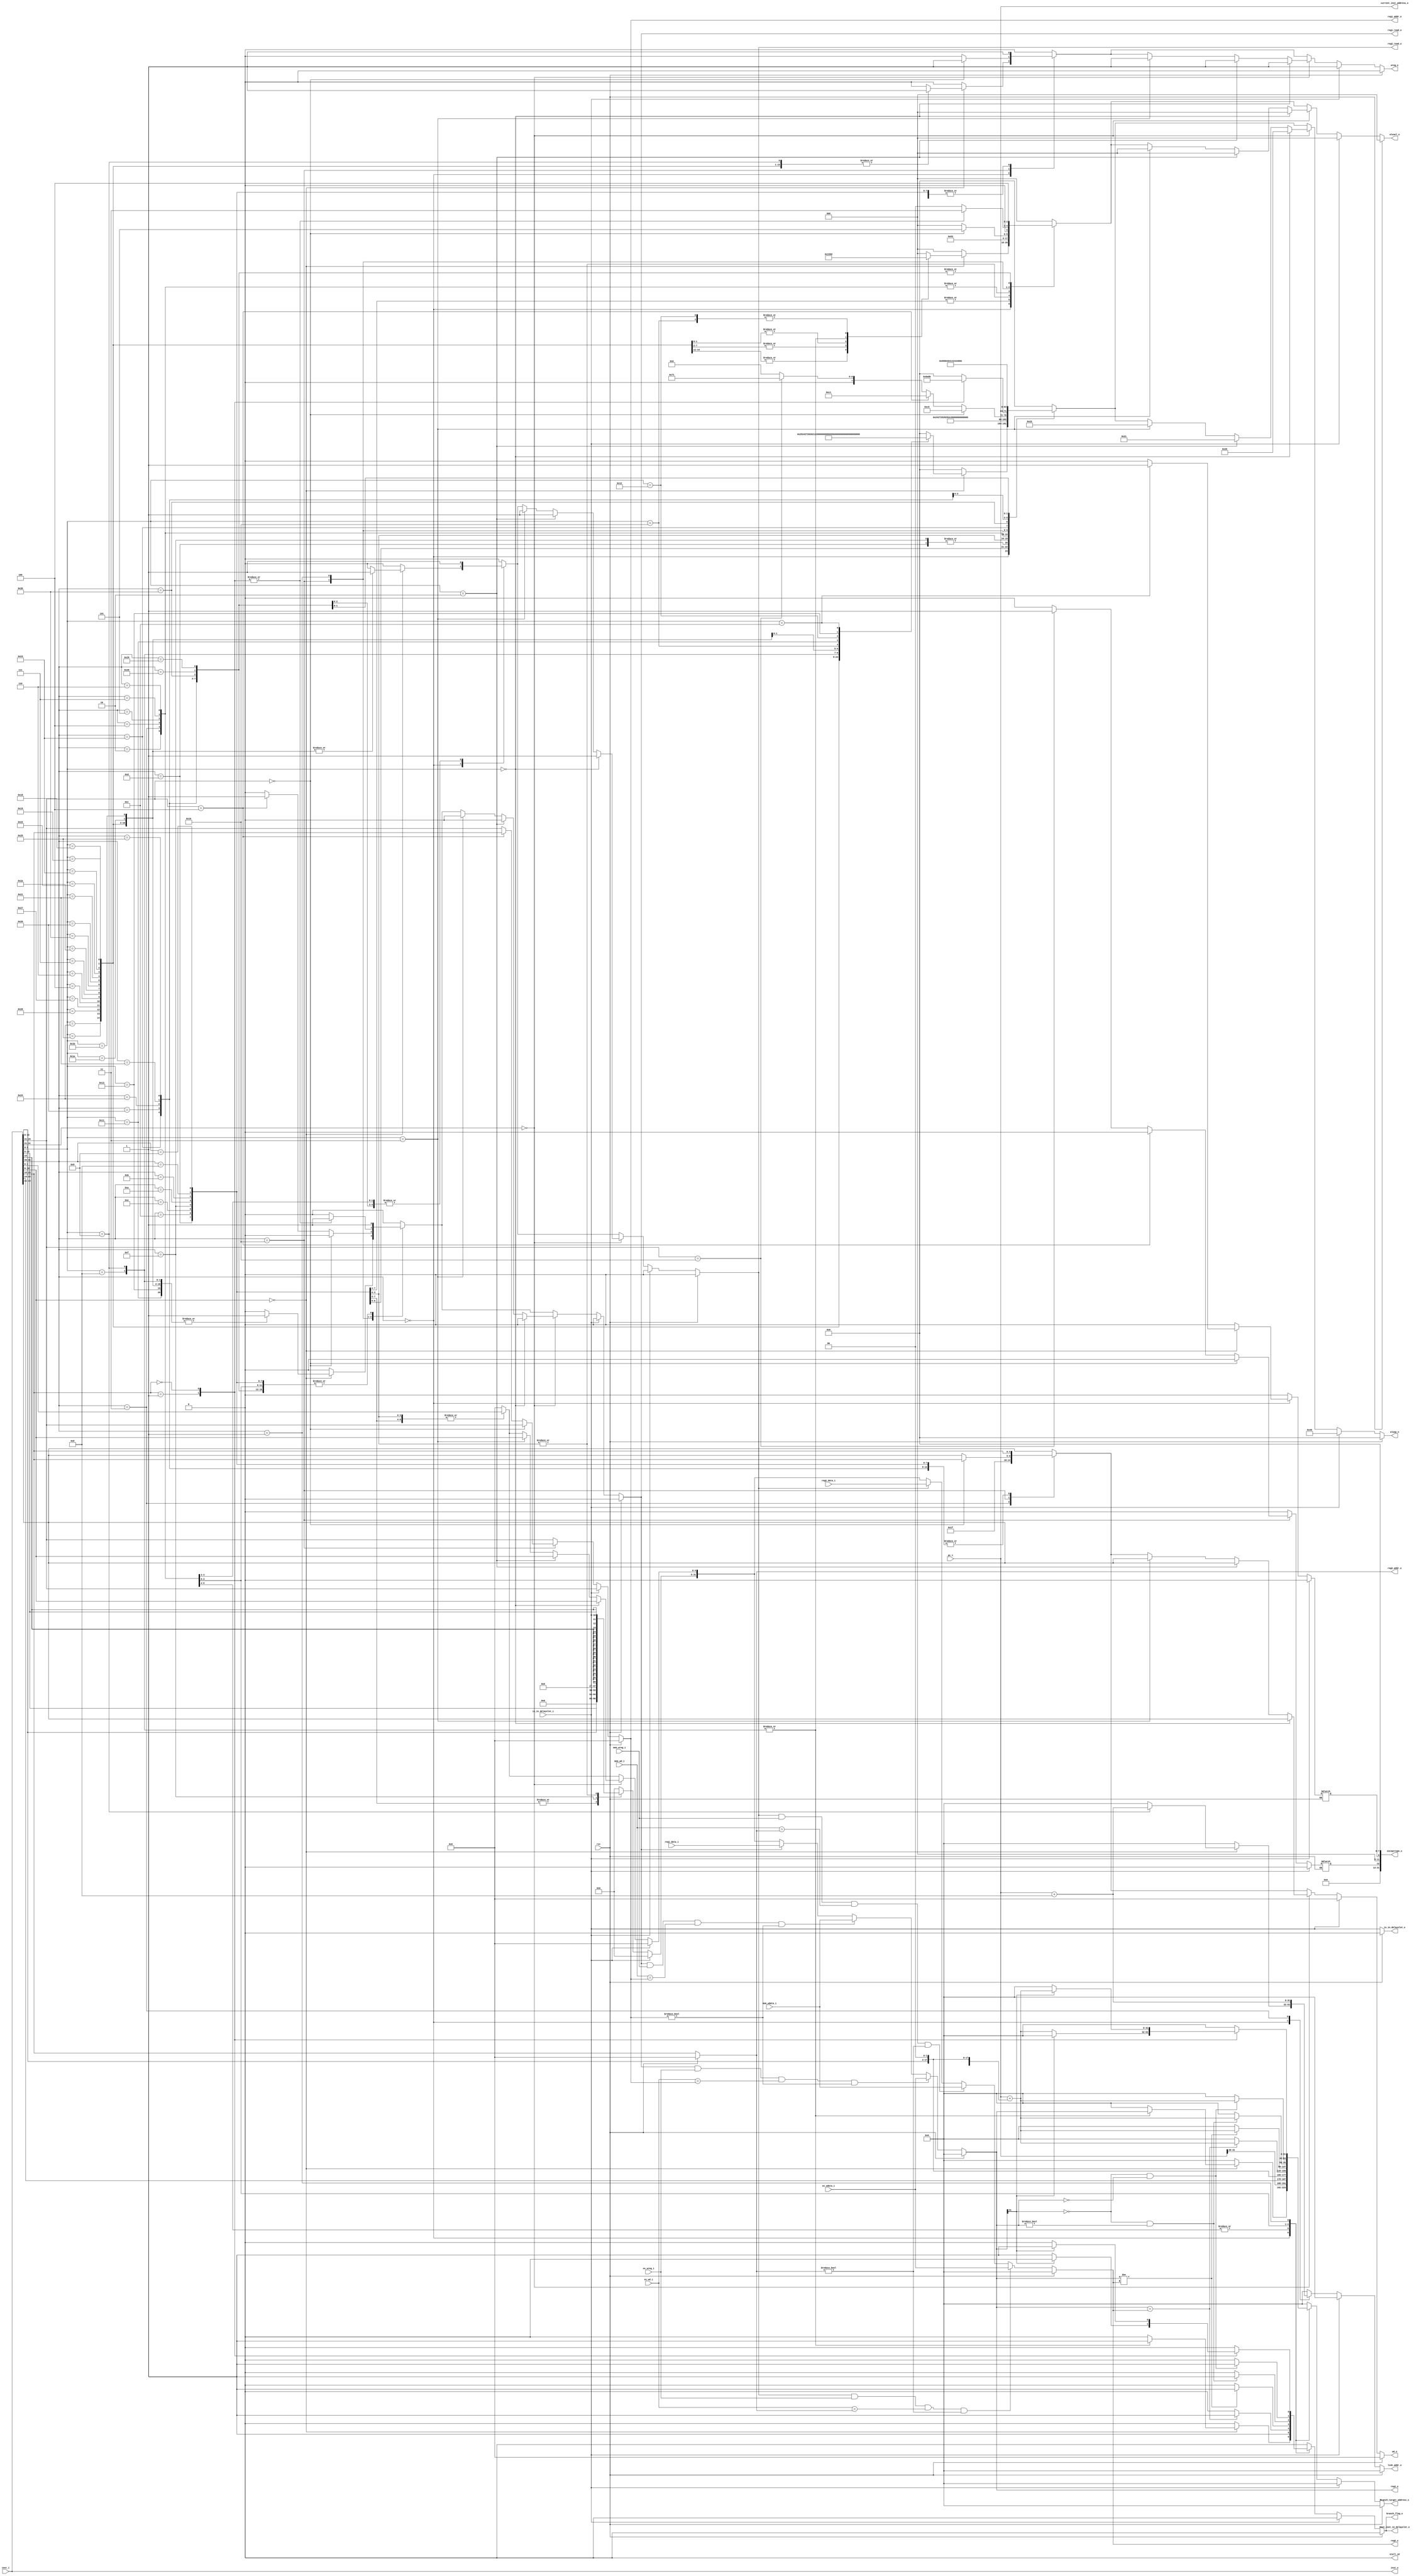
`timescale 1ns / 1ps
//////////////////////////////////////////////////////////////////////////////////
// Company: 
// Engineer: 
// 
// Design Name: 
// Module Name:    ID 
// Project Name: 
// Target Devices: 
// Tool versions: 
// Description: 
//
// Dependencies: 
//
// Revision: 
// Revision 0.01 - File Created
// Additional Comments: 
//
//////////////////////////////////////////////////////////////////////////////////
module ID(
input rst,
input [31:0] pc_i, //
input [31:0] inst_i,       //
input [31:0] reg1_data_i,  //regfile
input [31:0] reg2_data_i,  //

input ex_wreg_i,           //EX
input [31:0] ex_wdata_i,
input [4:0] ex_wd_i,

input mem_wreg_i,          //MEM
input [31:0] mem_wdata_i,
input [4:0] mem_wd_i,

input is_in_delayslot_i,

output [31:0] excepttype_o,
output [31:0] current_inst_address_o,



output reg next_inst_in_delayslot_o,

output [31:0] inst_o,

output reg branch_flag_o,
output reg[31:0] branch_target_address_o,
output reg[31:0] link_addr_o,
output reg is_in_delayslot_o,

output reg reg1_read_o,    //reg
output reg reg2_read_o,    //
output reg[4:0] reg1_addr_o, //regfile
output reg[4:0] reg2_addr_o, //

output reg[7:0] aluop_o, //
output reg[2:0] alusel_o,//
output reg[31:0] reg1_o, //EX1
output reg[31:0] reg2_o, //2
output reg[4:0] wd_o,    //
output reg wreg_o,        //
output  stall_id
);
wire [5:0] op = inst_i[31:26];
wire [4:0] op2 = inst_i[10:6];
wire [5:0] op3 = inst_i[5:0];
wire [4:0] op4 = inst_i[20:16];

wire[31:0] pc_plus_8;
wire[31:0] pc_plus_4;

wire[31:0] imm_sll2_signedext;
reg excepttype_syscall;
reg excepttype_eret;
assign excepttype_o = {19'b0, excepttype_eret, 3'b0, 
     excepttype_syscall, 8'b0};
assign current_inst_address_o = pc_i;


assign pc_plus_8 = pc_i + 8;
assign pc_plus_4 = pc_i ;

assign imm_sll2_signedext = {{14{inst_i[15]}}, inst_i[15:0], 2'b00};



reg[31:0] imm; //


assign inst_o = inst_i;
assign stall_id = 0;
always@(*) begin
if(rst)begin 
    aluop_o <=8'b00000000;
	 alusel_o <=3'b000;
	 wd_o <= 5'b00000;
	 wreg_o <= 0;
	 
	 reg1_read_o <= 0;
	 reg2_read_o <= 0;
	 reg1_addr_o <= 5'b00000;
	 reg2_addr_o <= 5'b00000;
	 imm <= 32'h0;
	 link_addr_o <= 32'h00000000;
	 branch_target_address_o <= 32'h00000000;
	 branch_flag_o <=  0;
	 next_inst_in_delayslot_o <= 0;
	 
    end
else begin
    aluop_o <=8'b00000000;
	 alusel_o <=3'b000;
	 wd_o <= inst_i[15:11];
	 wreg_o <= 0;
	 reg1_read_o <= 0;
	 reg2_read_o <= 0;
	 reg1_addr_o <= inst_i[25:21]; //REG1
	 reg2_addr_o <= inst_i[20:16]; //REG2
	 imm <= 32'h00000000;
	 link_addr_o <= 32'h00000000;
	 branch_target_address_o <= 32'h00000000;
	 branch_flag_o <=  0;
	 next_inst_in_delayslot_o <= 0;
	 excepttype_syscall <= 1'b0;
	 excepttype_eret <= 1'b0;
	 
	if(is_in_delayslot_i != 1)begin
	 case (op)
	     6'b000000:   begin
		      case (op2)
				    5'b00000:    begin
					     case (op3) 
						      6'b100101:begin  //or
								     wreg_o <= 1;
									  aluop_o <= 8'b00100101;
									  alusel_o <= 3'b001;
									  reg1_read_o <= 1'b1;
									  reg2_read_o <= 1'b1;
									  
									        end
								6'b100100:begin  //and
								     wreg_o <= 1;
									  aluop_o <= 8'b00100100;
									  alusel_o <= 3'b001;
									  reg1_read_o <= 1'b1;
									  reg2_read_o <= 1'b1;
									  
									        end
								6'b100110:begin  //xor
								     wreg_o <= 1;
									  aluop_o <= 8'b00100111;
									  alusel_o <= 3'b001;
									  reg1_read_o <= 1'b1;
									  reg2_read_o <= 1'b1;
									  
									        end
								6'b100111:begin  //nor
								     wreg_o <= 1;
									  aluop_o <= 8'b00100110;
									  alusel_o <= 3'b001;
									  reg1_read_o <= 1'b1;
									  reg2_read_o <= 1'b1;
									  
									        end
								6'b000100:begin  //sllv
								     wreg_o <= 1;
									  aluop_o <= 8'b00100000;
									  alusel_o <= 3'b000;
									  reg1_read_o <= 1'b1;
									  reg2_read_o <= 1'b1;
									  
									        end 
								6'b000110:begin  //srlv
								     wreg_o <= 1;
									  aluop_o <= 8'b00100001;
									  alusel_o <= 3'b000;
									  reg1_read_o <= 1'b1;
									  reg2_read_o <= 1'b1;
									  
									        end											  
		                  6'b000111:begin  //srav
								     wreg_o <= 1;
									  aluop_o <= 8'b00100010;
									  alusel_o <= 3'b000;
									  reg1_read_o <= 1'b1;
									  reg2_read_o <= 1'b1;
									  
									        end 
								6'b101010:begin //slt
								    wreg_o <= 1;
									 aluop_o <= 8'b00101000;
									 alusel_o <= 3'b010;
									 reg1_read_o <= 1'b1;
									 reg2_read_o <= 1'b1;
									 
									 end
								6'b101011:begin //sltu
								    wreg_o <= 1;
									 aluop_o <= 8'b00101001;
									 alusel_o <= 3'b010;
									 reg1_read_o <= 1'b1;
									 reg2_read_o <= 1'b1;
									 
									 end
								6'b100000:begin //add
								    wreg_o <= 1;
									 aluop_o <= 8'b00101010;
									 alusel_o <= 3'b010;
									 reg1_read_o <= 1'b1;
									 reg2_read_o <= 1'b1;
									 
									 end
								6'b100001:begin //addu
								    wreg_o <= 1;
									 aluop_o <= 8'b00101011;
									 alusel_o <= 3'b010;
									 reg1_read_o <= 1'b1;
									 reg2_read_o <= 1'b1;
									 
									 end
								6'b100010:begin //sub
								    wreg_o <= 1;
									 aluop_o <= 8'b00101100;
									 alusel_o <= 3'b010;
									 reg1_read_o <= 1'b1;
									 reg2_read_o <= 1'b1;
									 
									 end
								6'b100011:begin //subu
								    wreg_o <= 1;
									 aluop_o <= 8'b00101101;
									 alusel_o <= 3'b010;
									 reg1_read_o <= 1'b1;
									 reg2_read_o <= 1'b1;
									 
									 end
								6'b011000:begin //mult
								    wreg_o <= 1;
									 aluop_o <= 8'b00110000;
									 alusel_o <= 3'b110;
									 reg1_read_o <= 1'b1;
									 reg2_read_o <= 1'b1;
									 
								end 
								6'b011001:begin //multu
								    wreg_o <= 1;
									 aluop_o <= 8'b00110001;
									 alusel_o <= 3'b110;
									 reg1_read_o <= 1'b1;
									 reg2_read_o <= 1'b1;
									 
								end 
								6'b001000:begin //jr
								    wreg_o <= 0;
									 aluop_o <= 8'b10000000;
									 alusel_o <= 3'b011;
									 reg1_read_o <= 1'b1;
									 reg2_read_o <= 1'b0;
									 link_addr_o <= 32'h00000000;
									 branch_target_address_o <= reg1_o;
									 branch_flag_o <= 1;
									 next_inst_in_delayslot_o <= 1;
									 
								    end
							   6'b001001:begin //jalr
								    wreg_o <= 1;
									 aluop_o <= 8'b10000111;
									 alusel_o <= 3'b011;
									 reg1_read_o <= 1'b1;
									 reg2_read_o <= 1'b0;
									 wd_o <= inst_i[15:11];
									 link_addr_o <= pc_plus_8;
									 branch_target_address_o <= reg1_o;
									 branch_flag_o <= 1;
									 next_inst_in_delayslot_o <= 1;
									 
									 end
								6'b011010: begin //div
								    wreg_o <= 0;
									 aluop_o <= 8'b00110010;
									 reg1_read_o <= 1'b1;
									 reg2_read_o <= 1'b1;
									 
									 end
								6'b011011: begin //divu
								    wreg_o <= 0;
									 aluop_o <= 8'b00110011;
									 reg1_read_o <= 1'b1;
									 reg2_read_o <= 1'b1;
									 
									 end
							   6'b010000: begin //mfhi
								    wreg_o <= 1;
									 aluop_o <= 8'b00110100;
									 alusel_o <= 3'b101;
									 reg1_read_o <= 1'b0;
									 reg2_read_o <= 1'b0;
									 
			                   end
								6'b010001: begin //mthi
								    wreg_o <= 0;
									 aluop_o <= 8'b00110101;
									 reg1_read_o <= 1'b1;
									 reg2_read_o <= 1'b0;
									 
									 end
								6'b010010: begin //mflo
								    wreg_o <= 1;
									 aluop_o <= 8'b00110110;
									 alusel_o <= 3'b101;
									 reg1_read_o <= 1'b0;
									 reg2_read_o <= 1'b0;
									 
			                   end
								6'b010011: begin //mtlo
								    wreg_o <= 0;
									 aluop_o <= 8'b00110111;
									 reg1_read_o <= 1'b1;
									 reg2_read_o <= 1'b0;
									 
									 end
								6'b001100: begin //syscall
								    wreg_o <= 1'b0;
									 aluop_o <= 8'b11110000;
									 alusel_o <= 3'b000;
									 reg1_read_o <= 1'b0;
									 reg2_read_o <= 1'b0;
									 excepttype_syscall <= 1'b1;
									 end
								default: begin
								         end
						  endcase
				  end
				  default: begin
				           end
				endcase
		  end//6'b000000end 
	     6'b001101: //ori
		  begin
		  wreg_o <= 1;
		  aluop_o <= 8'b00100101;
		  alusel_o <= 3'b001;
        reg1_read_o <= 1;
	     reg2_read_o <= 0;
		  imm <= {16'h0,inst_i[15:0]};
		  wd_o <= inst_i[20:16];
		  
		  end
		  6'b001100: //andi
		  begin
		  wreg_o <= 1;
		  aluop_o <= 8'b00100100;
		  alusel_o <= 3'b001;
        reg1_read_o <= 1;
	     reg2_read_o <= 0;
		  imm <= {16'h0,inst_i[15:0]};
		  wd_o <= inst_i[20:16];
		  
		  end
		  6'b001110: //xori
		  begin
		  wreg_o <= 1;
		  aluop_o <= 8'b00100111;
		  alusel_o <= 3'b001;
        reg1_read_o <= 1;
	     reg2_read_o <= 0;
		  imm <= {16'h0,inst_i[15:0]};
		  wd_o <= inst_i[20:16];
		  
		  end
		  6'b001111:   //lui
		  begin
		  wreg_o <= 1;
		  aluop_o <= 8'b00100101;
		  alusel_o <= 3'b001;
        reg1_read_o <= 1;
	     reg2_read_o <= 0;
		  imm <= {inst_i[15:0],16'h0};
		  wd_o <= inst_i[20:16];
		  
		  end
		  6'b001010: //slti
		  begin
		  wreg_o <= 1;
		  aluop_o <= 8'b00101000;
		  alusel_o <= 3'b010;
        reg1_read_o <= 1;
	     reg2_read_o <= 0;
		  imm <= {{16{inst_i[15]}},inst_i[15:0]};
		  wd_o <= inst_i[20:16];
		  
		  end
		  6'b001011: //sltiu
		  begin
		  wreg_o <= 1;
		  aluop_o <= 8'b00101001;
		  alusel_o <= 3'b010;
        reg1_read_o <= 1;
	     reg2_read_o <= 0;
		  imm <= {{16{inst_i[15]}},inst_i[15:0]};
		  wd_o <= inst_i[20:16];
		  
		  end
		  6'b001000: //addi
		  begin
		  wreg_o <= 1;
		  aluop_o <= 8'b00101110;
		  alusel_o <= 3'b010;
        reg1_read_o <= 1;
	     reg2_read_o <= 0;
		  imm <= {{16{inst_i[15]}},inst_i[15:0]};
		  wd_o <= inst_i[20:16];
		  
		  end
		  6'b001001: //addiu
		  begin
		  wreg_o <= 1;
		  aluop_o <= 8'b00101111;
		  alusel_o <= 3'b010;
        reg1_read_o <= 1;
	     reg2_read_o <= 0;
		  imm <= {{16{inst_i[15]}},inst_i[15:0]};
		  wd_o <= inst_i[20:16];
		  
		  end
		  6'b000010: //j
		  begin
		  wreg_o <= 0;
		  aluop_o <= 8'b10000001;
		  alusel_o <= 3'b011;
		  reg1_read_o <= 1'b0;
		  reg2_read_o <= 1'b0;
		  link_addr_o <= 32'h00000000;
		  branch_flag_o <= 1;
		  next_inst_in_delayslot_o <= 1;
		  
        branch_target_address_o <= {pc_plus_4[31:28], inst_i[25:0], 2'b00};
        end
        6'b000011: //jal
		  begin
		  wreg_o <= 1;
		  aluop_o <= 8'b10000010;
		  alusel_o <= 3'b011;
		  wd_o <= 5'b11111;
		  reg1_read_o <= 1'b0;
		  reg2_read_o <= 1'b0;
		  link_addr_o <= pc_plus_8;
		  branch_flag_o <= 1;
		  next_inst_in_delayslot_o <= 1;
		  
        branch_target_address_o <= {pc_plus_4[31:28], inst_i[25:0], 2'b00};
        end			  
		  6'b000100: //beq
		  begin
		  wreg_o <= 0;
		  aluop_o <= 8'b10000011;
		  alusel_o <= 3'b011;
		  reg1_read_o <= 1'b1;
		  reg2_read_o <= 1'b1;
	     
		  if(reg1_o == reg2_o)begin
		  branch_flag_o <= 1;
		  next_inst_in_delayslot_o <= 1;
		  branch_target_address_o <= pc_plus_4 + imm_sll2_signedext;
             end
        end	
        6'b000101: //bne
		  begin
		  wreg_o <= 0;
		  aluop_o <= 8'b10000100;
		  alusel_o <= 3'b011;
		  reg1_read_o <= 1'b1;
		  reg2_read_o <= 1'b1;
	     
		  if(reg1_o != reg2_o)begin
		  branch_flag_o <= 1;
		  next_inst_in_delayslot_o <= 1;
		  branch_target_address_o <= pc_plus_4 + imm_sll2_signedext;
             end
        end	
		  6'b000111: //bgtz
		  begin 
		  wreg_o <= 0;
		  aluop_o <= 8'b10001000;
		  alusel_o <= 3'b011;
		  reg1_read_o <= 1'b1;
		  reg2_read_o <= 1'b0;
		  
		  if((reg1_o[31] == 1'b0) && (reg1_o != 32'h00000000))begin 
		      branch_target_address_o <= pc_plus_4 + imm_sll2_signedext;
				branch_flag_o <= 1;
				next_inst_in_delayslot_o <= 1;
				end
		  end
		  6'b000110: //blez
		  begin
		  wreg_o <= 0;
		  aluop_o <= 8'b10001001;
		  alusel_o <= 3'b011;
		  reg1_read_o <= 1'b1;
		  reg2_read_o <= 1'b0;
		  
		  if((reg1_o[31] == 1'b0) && (reg1_o == 32'h00000000))begin 
		      branch_target_address_o <= pc_plus_4 + imm_sll2_signedext;
				branch_flag_o <= 1;
				next_inst_in_delayslot_o <= 1;
				end
		  end
		  6'b010000: //mfc0 mtc0
		  begin
		      if(inst_i[25:21] == 5'b00000) begin
				    aluop_o <= 8'b11000000;
					 alusel_o <= 3'b101;
					 wd_o <= inst_i[20:16];
					 wreg_o <= 1'b1;
					 reg1_read_o <= 1'b0;
					 reg2_read_o <= 1'b0;
					 end
				else if(inst_i[25:21] == 5'b00100) begin
				    aluop_o <= 8'b11000001;
					 alusel_o <= 3'b000;
					 wreg_o <= 1'b0;
					 reg1_read_o <= 1'b1;
					 reg1_addr_o <= inst_i[20:16];
					 reg2_read_o <= 1'b0;
					 end
				else if(inst_i[25:21] == 5'b10000) begin
				    wreg_o <= 1'b0;
					 aluop_o <= 11110001;
					 alusel_o <= 3'b000;
					 reg1_read_o <= 1'b0;
					 reg2_read_o <= 1'b0;
					 excepttype_eret <= 1'b1;
					 end
		  end
		  6'b000001: //regimm
		  begin
		      case (op4)
				    5'b00001: begin //bgez
					 wreg_o <= 0;
		          aluop_o <= 8'b10001010;
		          alusel_o <= 3'b011;
		          reg1_read_o <= 1'b1;
		          reg2_read_o <= 1'b0;
		          
		          if(reg1_o[31] == 1'b0) begin 
		              branch_target_address_o <= pc_plus_4 + imm_sll2_signedext;
				        branch_flag_o <= 1;
				        next_inst_in_delayslot_o <= 1;
				        end
		         end
					5'b00000: begin //bltz
					 wreg_o <= 0;
		          aluop_o <= 8'b10001011;
		          alusel_o <= 3'b011;
		          reg1_read_o <= 1'b1;
		          reg2_read_o <= 1'b0;
		          
		          if(reg1_o[31] == 1'b1) begin 
		              branch_target_address_o <= pc_plus_4 + imm_sll2_signedext;
				        branch_flag_o <= 1;
				        next_inst_in_delayslot_o <= 1;
				        end
		         end
		      endcase
        end				
        6'b100011: //lw 
		  begin 
		  wreg_o <= 1;
		  aluop_o <= 8'b10000101;
		  alusel_o <= 3'b100;
		  reg1_read_o <= 1'b1;
		  reg2_read_o <= 1'b0;
		  wd_o <= inst_i[20:16];
		  
        end
		  6'b101011://sw
		  begin 
		  wreg_o <= 0;
		  aluop_o <= 8'b10000110;
		  reg1_read_o <= 1'b1;
		  reg2_read_o <= 1'b1;
		  
		  alusel_o <= 3'b100;
		  end
		  
		  6'b100000://lb
		  begin
		  wreg_o <= 1;
		  aluop_o <= 8'b01000000;
		  alusel_o <= 3'b100;
		  reg1_read_o <= 1'b1;
		  reg2_read_o <= 1'b0;
		  wd_o <= inst_i[20:16];
		  
		  end
		  
		  6'b100100://lbu
		  begin
		  wreg_o <= 1;
		  aluop_o <= 8'b01000001;
		  alusel_o <= 3'b100;
		  reg1_read_o <= 1'b1;
		  reg2_read_o <= 1'b0;
		  wd_o <= inst_i[20:16];
		  
		  end
		  6'b100001://lh
		  begin
		  wreg_o <= 1;
		  aluop_o <= 8'b01000010;
		  alusel_o <= 3'b100;
		  reg1_read_o <= 1'b1;
		  reg2_read_o <= 1'b0;
		  wd_o <= inst_i[20:16];
		  
		  end
		  6'b100101://lhu
		  begin
		  wreg_o <= 1;
		  aluop_o <= 8'b01000011;
		  alusel_o <= 3'b100;
		  reg1_read_o <= 1'b1;
		  reg2_read_o <= 1'b0;
		  wd_o <= inst_i[20:16];
		  
		  end
		  6'b101000://sb
		  begin
		  wreg_o <= 0;
		  aluop_o <= 8'b01000100;
		  reg1_read_o <= 1'b1;
		  reg2_read_o <= 1'b1;
		  
		  alusel_o <= 3'b100;
		  end
		  6'b101001://sh
		  begin
		  wreg_o <= 0;
		  aluop_o <= 8'b01000101;
		  reg1_read_o <= 1'b1;
		  reg2_read_o <= 1'b1;
		  
		  alusel_o <= 3'b100;
		  end
		  default: begin
		           end
	 endcase//endcase op
	 if(inst_i[31:21] == 11'b00000000000) begin
	     if(op3 == 6'b000000) begin //sll
		      wreg_o <= 1;
		      aluop_o <= 8'b00100000;
		      alusel_o <= 3'b000;
            reg1_read_o <= 0;
	         reg2_read_o <= 1;
		      imm[4:0] <= inst_i[10:6];
		      wd_o <= inst_i[15:11];
		      
				                 end   
		  else if(op3 == 6'b000010) begin //srl
		      wreg_o <= 1;
		      aluop_o <= 8'b00100001;
		      alusel_o <= 3'b000;
            reg1_read_o <= 0;
	         reg2_read_o <= 1;
		      imm[4:0] <= inst_i[10:6];
		      wd_o <= inst_i[15:11];
		      
				                 end
			else if(op3 == 6'b000011) begin //sra
		      wreg_o <= 1;
		      aluop_o <= 8'b00100010;
		      alusel_o <= 3'b000;
            reg1_read_o <= 0;
	         reg2_read_o <= 1;
		      imm[4:0] <= inst_i[10:6];
		      wd_o <= inst_i[15:11];
		      
				                 end
      end//if inst[31:21]
end
else begin
     wreg_o <= 1;
	  aluop_o <= 8'b01000000;
	  alusel_o <= 3'b000;
     reg1_read_o <= 0;
	  reg2_read_o <= 0;
	  imm[4:0] <= 5'b00000;
	  wd_o <= 5'b00000;
	  
	 
	  end
	  
end//if rst
end//always


always@(*) begin
if(rst)begin
    reg1_o <= 32'h00000000;
	 end
else if((reg1_read_o == 1'b1)&&(ex_wreg_i == 1'b1)
        && (ex_wd_i == reg1_addr_o) && reg1_addr_o != 0) begin
		reg1_o <= ex_wdata_i;
		                               end
												 
else if((reg1_read_o == 1'b1)&&(mem_wreg_i == 1'b1)
        && (mem_wd_i == reg1_addr_o) && reg1_addr_o != 0) begin
		  reg1_o <= mem_wdata_i;
		                                end
												  
else if(reg1_read_o == 1'b1)begin
    reg1_o <= reg1_data_i;
	 end
else if(reg1_read_o == 1'b0)begin
    reg1_o <= imm;
	 end

else 
    reg1_o <= 32'h00000000;
end//always

always@(*) begin  
if(rst)begin
    reg2_o <= 32'h00000000;
	 end
else if((reg2_read_o == 1'b1)&&(ex_wreg_i == 1'b1)
        && (ex_wd_i == reg2_addr_o) && reg2_addr_o != 0) begin
		reg2_o <= ex_wdata_i;
		                               end
												 
else if((reg2_read_o == 1'b1)&&(mem_wreg_i == 1'b1)
        && (mem_wd_i == reg2_addr_o) && reg2_addr_o != 0) begin
		  reg2_o <= mem_wdata_i;
		                                end
												  
else if(reg2_read_o == 1'b1)begin
    reg2_o <= reg2_data_i;
	 end
else if(reg2_read_o == 1'b0)begin
    reg2_o <= imm;
	 end
else 
    reg2_o <= 32'h00000000;
end//always

always@(*) begin
   if(rst)begin
	     is_in_delayslot_o <= 0;
	end 
	else begin
	    is_in_delayslot_o <= is_in_delayslot_i;
	end
	
	

end

endmodule